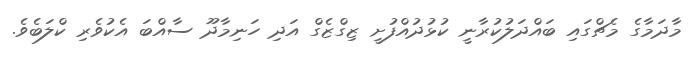
މާދަމާގެ މެޗްގައި ބައްދަލުކުރާނީ ކުޅުދުއްފުށީ ޒިގްޒެގް އަދި ހަނިމާދޫ ސާއްބަ އެކުވެރި ކްލަބެވެ.